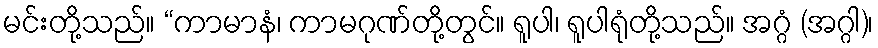
မင်းတို့သည်။ “ကာမာနံ၊ ကာမဂုဏ်တို့တွင်။ ရူပါ၊ ရူပါရုံတို့သည်။ အဂ္ဂံ (အဂ္ဂါ)၊